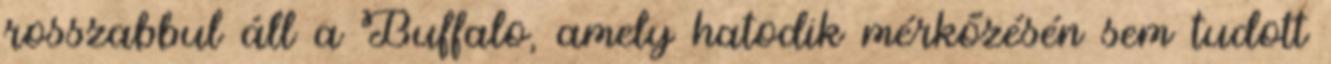
rosszabbul áll a Buffalo, amely hatodik mérkőzésén sem tudott